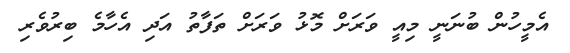
އެމީހުން ބުނަނީ މިއީ ވަރަށް މޮޅު ވަރަށް ތަފާތު އަދި އެހާމެ ބިރުވެރި